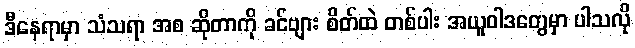
ဒီနေရာမှာ သံသရာ အစ ဆိုတာကို ခင်ဗျား စိတ်ထဲ တစ်ပါး အယူဝါဒတွေမှာ ပါသလို